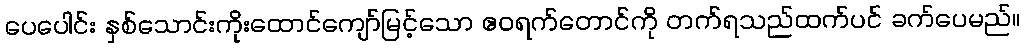
ပေပေါင်း နှစ်သောင်းကိုးထောင်ကျော်မြင့်သော ဧဝရက်တောင်ကို တက်ရသည်ထက်ပင် ခက်ပေမည်။